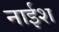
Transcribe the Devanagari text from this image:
नाईश